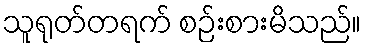
သူရုတ်တရက် စဉ်းစားမိသည်။